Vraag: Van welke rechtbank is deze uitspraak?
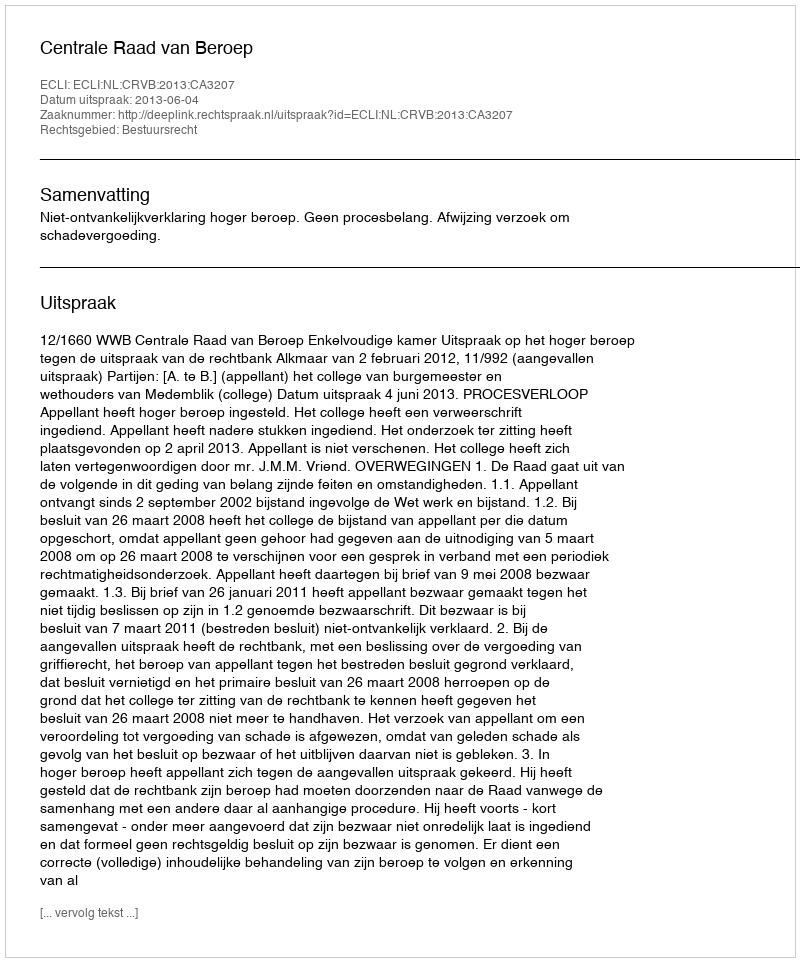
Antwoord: Centrale Raad van Beroep